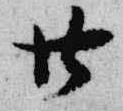
廿